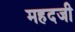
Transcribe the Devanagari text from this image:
महदजी